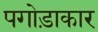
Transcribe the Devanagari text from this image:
पगोड़ाकार